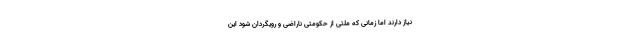
نیاز دارند اما زمانی که ملتی از حکومتی ناراضی و رویگردان شود این